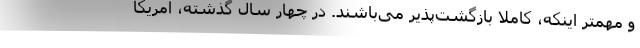
و مهمتر اینکه، کاملاً بازگشت‌پذیر می‌باشند. در چهار سال گذشته، آمریکا